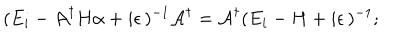
( E _ { i } - { \cal A } ^ { \dagger } H \alpha + i \epsilon \, ) ^ { - 1 } { \cal A } ^ { \dagger } = { \cal A } ^ { \dagger } ( E _ { i } - H + i \epsilon \, ) ^ { - 1 } ;